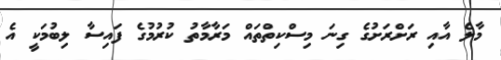
މާލެ އާއި ރަށްރަށުގެ ގިނަ މިސްކިތްތައް މަރާމާތު ކުރުމުގެ ފައިސާ ލިބުމަކީ އެ